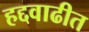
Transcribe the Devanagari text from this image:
हद्दवाढीत